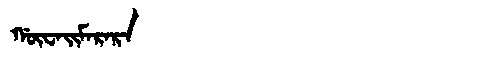
Manchu: ᡤᡡᠸᠠᡳᠮᠠᡵᠠᡵᠠ
Romanization: GŪWAIMARARA